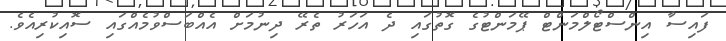
ފައިސާ އިންސްޓޯލްމަންޓް ޕޭމަންޓުގެ ގޮތުގައި ދެ އަހަރު ތެރޭ ދިނުމަށް އެއްބަސްވުމެއްގައި ސޮއިކުރިއެވެ.